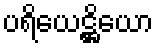
ပရိယေဋ္ဌိယော